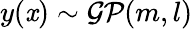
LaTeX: y(\mathit{x})\sim{\mathcal{{GP}}}(m,l)